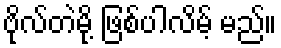
ဗိုလ်တဲမို့ ဖြစ်ပါလိမ့် မည်။